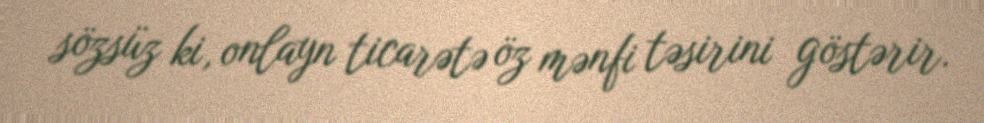
sözsüz ki, onlayn ticarətə öz mənfi təsirini göstərir.